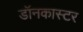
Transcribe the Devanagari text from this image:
डॉनकास्टर